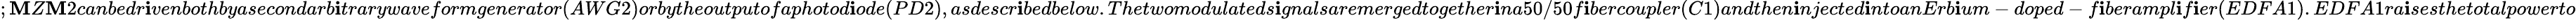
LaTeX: ;\mathbf{M}Z\mathbf{M}2canbedr\mathbf{i}venbothbyasecondarb\mathbf{i}trarywaveformgenerator(AWG2)orbytheoutputofaphotod\mathbf{i}ode(PD2),asdescr\mathbf{i}bedbelow.Thetwomodulateds\mathbf{i}gnalsaremergedtogether\mathbf{i}na50/50f\mathbf{i}bercoupler(C1)andthen\mathbf{i}njected\mathbf{i}ntoanErb\mathbf{i}um-doped-f\mathbf{i}berampl\mathbf{i}f\mathbf{i}er(EDFA1).EDFA1ra\mathbf{i}sesthetotalpowerto